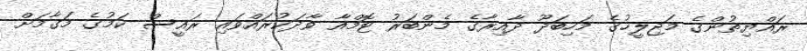
ރައްޔިތުންގެ މަޖިލީހުގެ މަހިބަދޫ ދާއިރާގެ މެންބަރު ޓޮމްއާ ވާދަކުރައްވައި ރައީސް ކަމުގެ މަގާމަށް